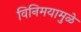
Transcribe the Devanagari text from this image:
विनिमयामुळे